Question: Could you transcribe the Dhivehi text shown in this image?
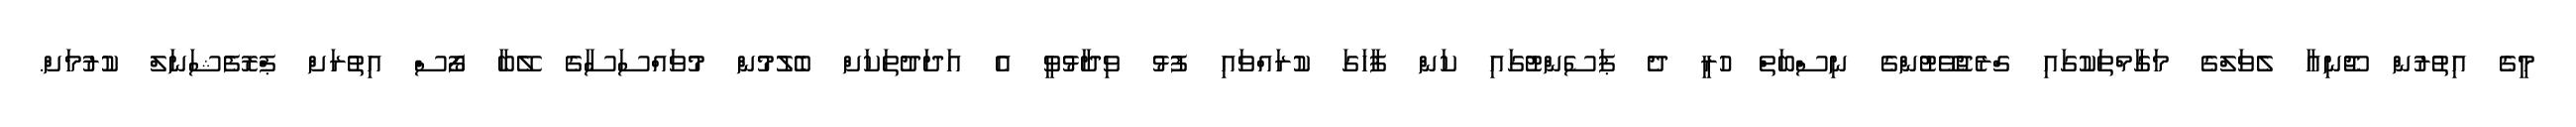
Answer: މީގެ އިތުރުން ޖޫނިއާ ލެވަލްގެ މަގާމްތަކުގައި ގްރެޖުވޭޓުންގެ ނިސްބަތް ހުރީ ދެ ޕަސެންޓުގައި ކަން ފާހަގަ ކުރައްވައި ފުޅު ވިދާޅުވީ އެ އަދަދުތަކަށް ބެލުމުން މުވައްސަސާގެ ލޭބާ ފޯސް އިތުރަށް ޕްރޮފެޝަނަލް ކުރުމަށް.